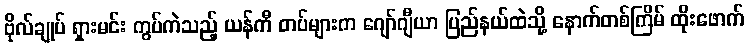
ဗိုလ်ချုပ် ရှားမင်း ကွပ်ကဲသည့် ယန်ကီ တပ်များက ဂျော်ဂျီယာ ပြည်နယ်ထဲသို့ နောက်တစ်ကြိမ် ထိုးဖောက်